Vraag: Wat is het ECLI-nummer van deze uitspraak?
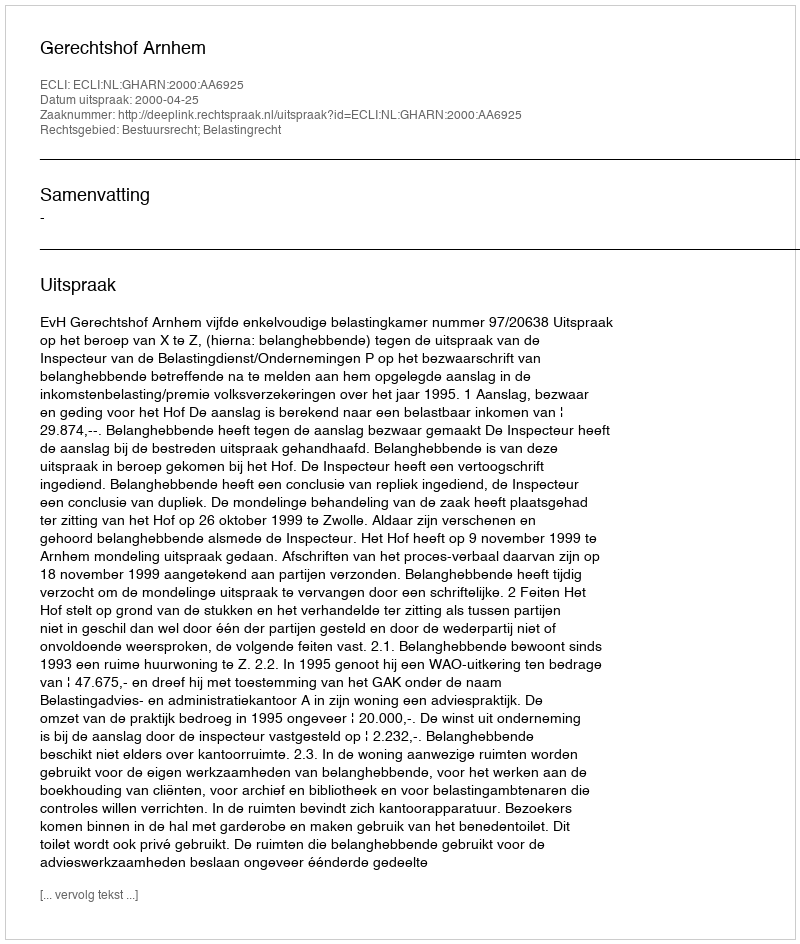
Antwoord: ECLI:NL:GHARN:2000:AA6925